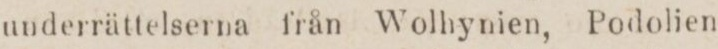
underrättelserna från Wolhynien, Podolien